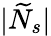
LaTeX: |\widetilde{N}_{s}|